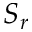
S _ { r }